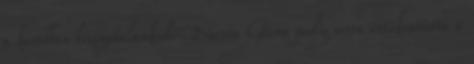
a korábban bizonytalankodó Nerea Pena pedig sorra értékesítette a